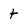
Character: t